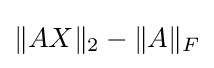
\|AX\|_{2}-\|A\|_{F}